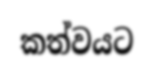
කත්වයට